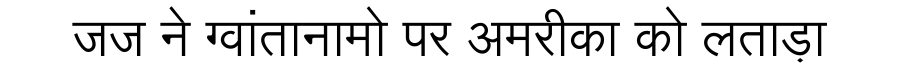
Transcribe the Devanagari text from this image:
जज ने ग्वांतानामो पर अमरीका को लताड़ा